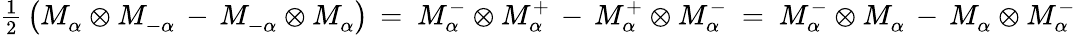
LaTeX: {\textstyle\frac{1}{2}}\left(M_{\alpha}^{}\otimes M_{-\alpha}^{}\, -\, M_{-\alpha}^{}\otimes M_{\alpha}^{}\right)\, =~M_{\alpha}^{-}\otimes M_{\alpha}^{+}\, -\, M_{\alpha}^{+}\otimes M_{\alpha}^{-}~=~M_{\alpha}^{-}\otimes M_{\alpha}^{}\, -\, M_{\alpha}^{}\otimes M_{\alpha}^{-}